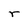
Character: r